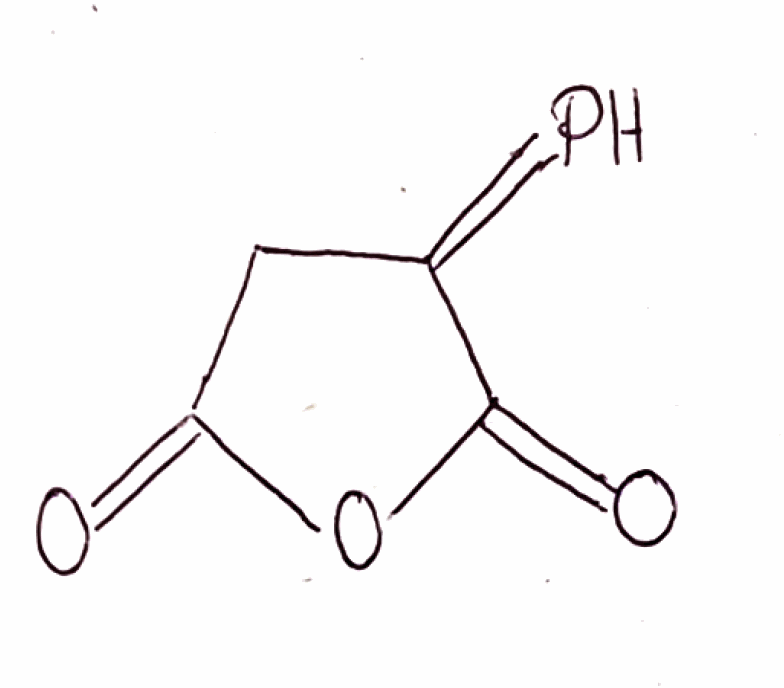
Simplified molecular-input line-entry system (SMILES) notation of the given molecule:
C1C(=P)C(=O)OC1=O